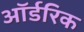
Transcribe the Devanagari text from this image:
ऑर्डरिक